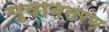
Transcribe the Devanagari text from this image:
पुन्रवितरण